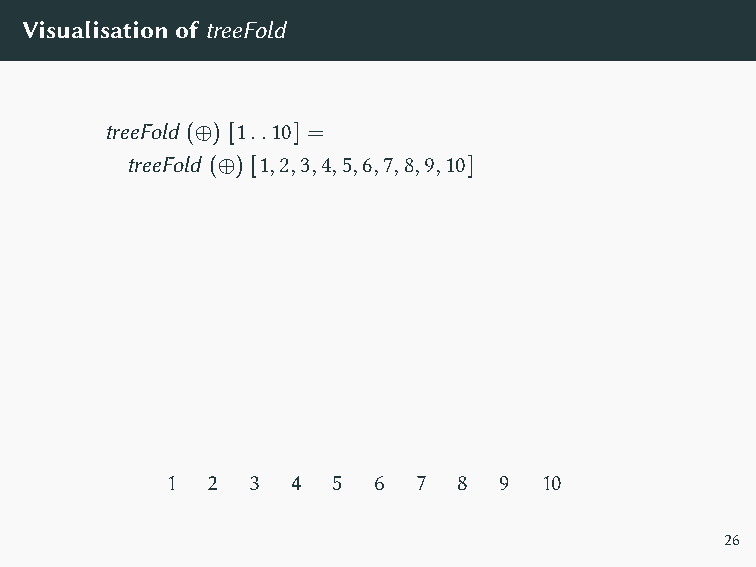
VisualisationoftreeFold
 treeFold (⊕) [1..10] =
 treeFold (⊕) [1,2,3,4,5,6,7,8,9,10]
 1  2 3  4  5  6  7 8  9  10
 26